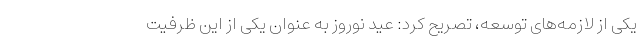
یکی از لازمه‌های توسعه، تصریح کرد: عید نوروز به عنوان یکی از این ظرفیت